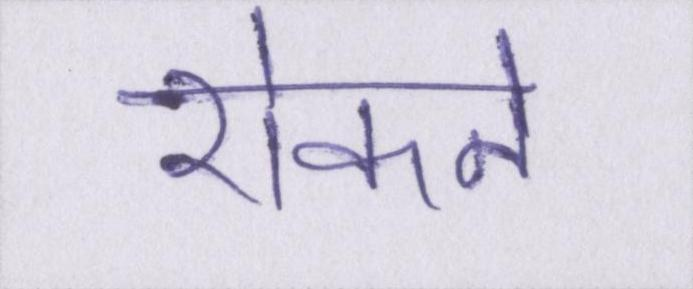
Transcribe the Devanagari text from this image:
रोकने